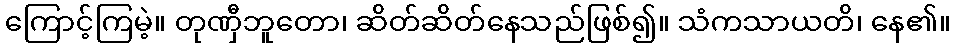
ကြောင့်ကြမဲ့။ တုဏှီဘူတော၊ ဆိတ်ဆိတ်နေသည်ဖြစ်၍။ သံကသာယတိ၊ နေ၏။